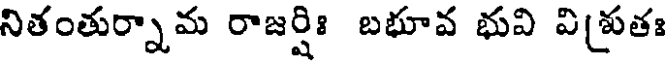
నితంతుర్నామ రాజర్షిః బభూవ భువి విశ్రుతః